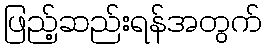
ဖြည့်ဆည်းရန်အတွက်